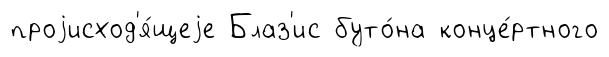
проjисход'я́щеjе Блаз'ис буто́на конце́ртного